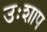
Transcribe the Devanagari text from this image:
उःशाप